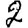
Digit: 2